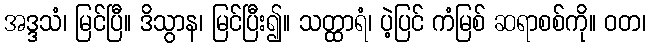
အဒ္ဒသံ၊ မြင်ပြီ။ ဒိသွာန၊ မြင်ပြီး၍။ သတ္ထာရံ၊ ပဲ့ပြင် ကံမြစ် ဆရာစစ်ကို။ ဝတ၊